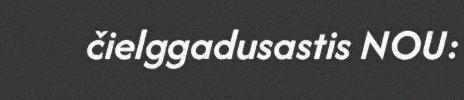
čielggadusastis NOU: